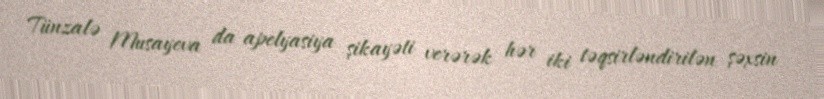
Tünzalə Musayeva da apelyasiya şikayəti verərək hər iki təqsirləndirilən şəxsin